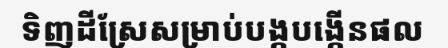
ទិញដីស្រែសម្រាប់បង្កបង្កើនផល